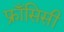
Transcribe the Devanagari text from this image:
फ्राँसिसी